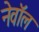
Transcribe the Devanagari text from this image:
नेवॉल